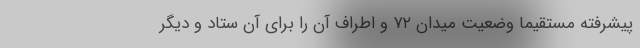
پیشرفته مستقیماً وضعیت میدان ۷۲ و اطراف آن را برای آن ستاد و دیگر